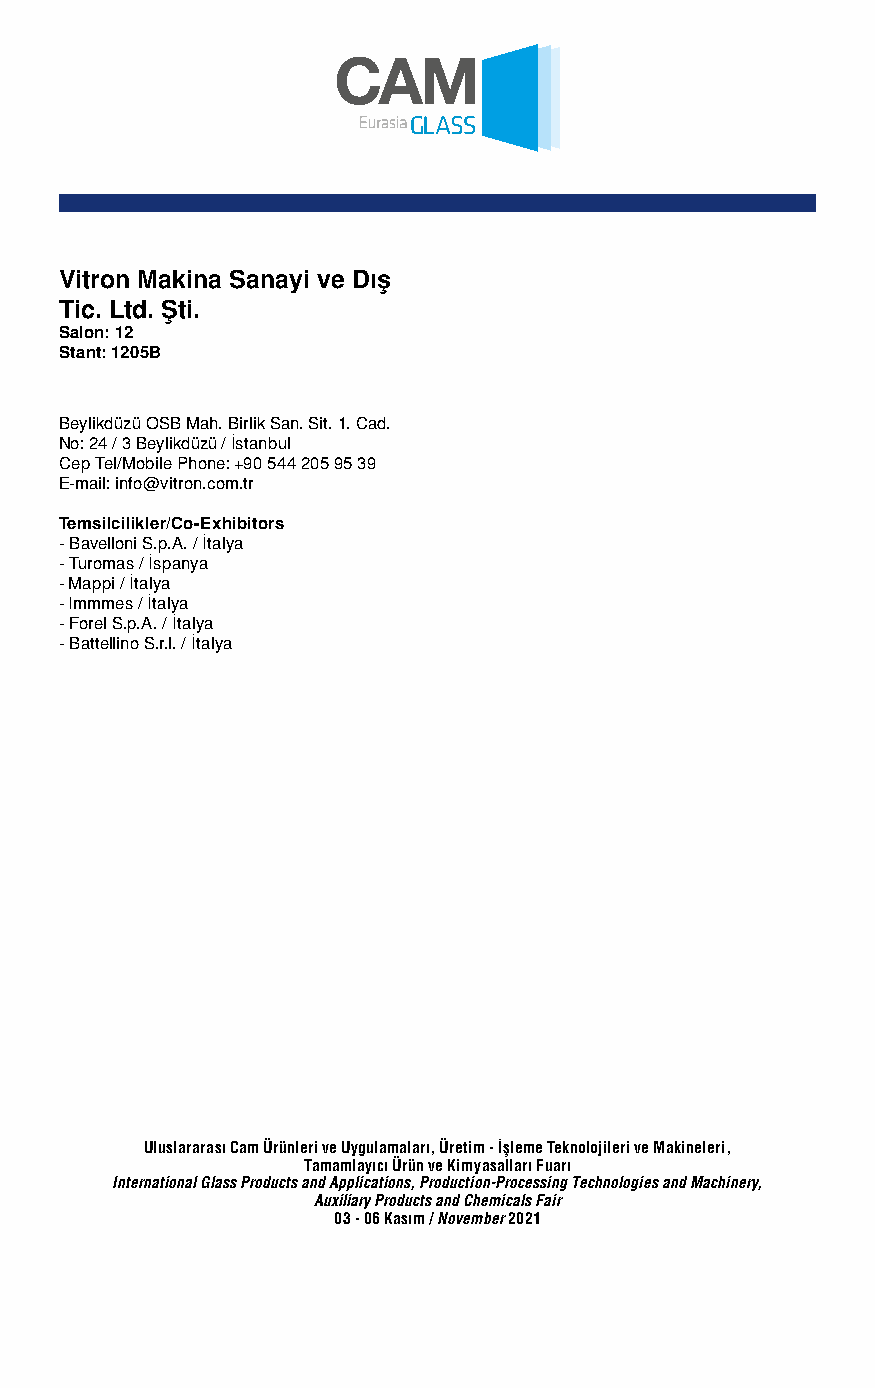
Vitron Makina Sanayi ve Dış
 Tic. Ltd. Şti.
 Salon: 12
 Stant: 1205B
 Beylikdüzü OSB Mah. Birlik San. Sit. 1. Cad.
 No: 24 / 3 Beylikdüzü / İstanbul
 Cep Tel/Mobile Phone: +90 544 205 95 39
 E-mail: info@vitron.com.tr
 Temsilcilikler/Co-Exhibitors
 - Bavelloni S.p.A. / İtalya
 - Turomas / İspanya
 - Mappi / İtalya
 - Immmes / İtalya
 - Forel S.p.A. / İtalya
 - Battellino S.r.l. / İtalya
 Uluslararası Cam Ürünleri ve Uygulamaları, Üretim - İşleme Teknolojileri ve Makineleri,
 Tamamlayıcı Ürün ve Kimyasalları Fuarı
 International Glass Products and Applications, Production-Processing Technologies and Machinery,
 Auxiliary Products and Chemicals Fair
 03 - 06 Kasım / November 2021